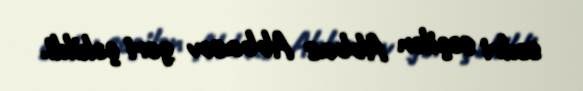
sədri seçilən Abbas Abbasov geri çəkildi.